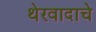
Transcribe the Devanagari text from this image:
थेरवादाचे